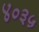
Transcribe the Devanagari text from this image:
४०३५